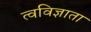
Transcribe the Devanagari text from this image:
त्वविज्ञाता